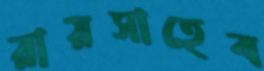
রায়সাহেব